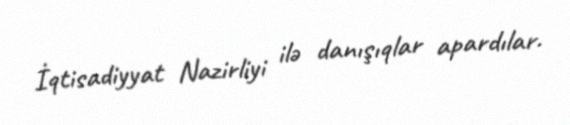
İqtisadiyyat Nazirliyi ilə danışıqlar apardılar.